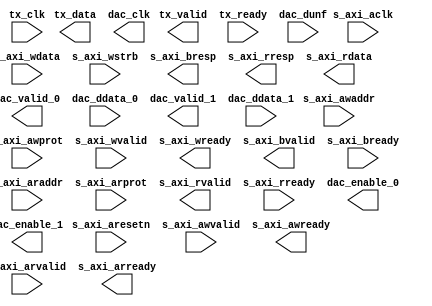
module ad9144_core (
		input  wire         s_axi_aclk,    // s_axi_clock.clk
		input  wire         s_axi_aresetn, // s_axi_reset.reset_n
		input  wire         s_axi_awvalid, //       s_axi.awvalid
		input  wire [15:0]  s_axi_awaddr,  //            .awaddr
		input  wire [2:0]   s_axi_awprot,  //            .awprot
		output wire         s_axi_awready, //            .awready
		input  wire         s_axi_wvalid,  //            .wvalid
		input  wire [31:0]  s_axi_wdata,   //            .wdata
		input  wire [3:0]   s_axi_wstrb,   //            .wstrb
		output wire         s_axi_wready,  //            .wready
		output wire         s_axi_bvalid,  //            .bvalid
		output wire [1:0]   s_axi_bresp,   //            .bresp
		input  wire         s_axi_bready,  //            .bready
		input  wire         s_axi_arvalid, //            .arvalid
		input  wire [15:0]  s_axi_araddr,  //            .araddr
		input  wire [2:0]   s_axi_arprot,  //            .arprot
		output wire         s_axi_arready, //            .arready
		output wire         s_axi_rvalid,  //            .rvalid
		output wire [1:0]   s_axi_rresp,   //            .rresp
		output wire [31:0]  s_axi_rdata,   //            .rdata
		input  wire         s_axi_rready,  //            .rready
		input  wire         tx_clk,        //   if_tx_clk.clk
		output wire [127:0] tx_data,       //  if_tx_data.data
		output wire         tx_valid,      //            .valid
		input  wire         tx_ready,      //            .ready
		output wire         dac_clk,       //  if_dac_clk.clk
		output wire         dac_enable_0,  //    dac_ch_0.enable
		output wire         dac_valid_0,   //            .valid
		input  wire [63:0]  dac_ddata_0,   //            .data
		output wire         dac_enable_1,  //    dac_ch_1.enable
		output wire         dac_valid_1,   //            .valid
		input  wire [63:0]  dac_ddata_1,   //            .data
		input  wire         dac_dunf       // if_dac_dunf.unf
	);
endmodule